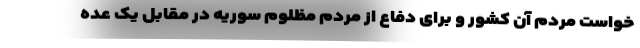
خواست مردم آن کشور و برای دفاع از مردم‌ مظلوم سوریه در مقابل یک عده